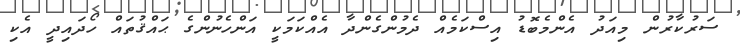
ސަރުކާރުން މިއަދު އެންމެބޮޑު އިސްކަމެއް ދެމުންގެންދާ އެއްކަމަކީ އަންހެނުންގެ ޙައްޤުތައް ހޯދައިދީ އެކި